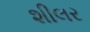
શીલર